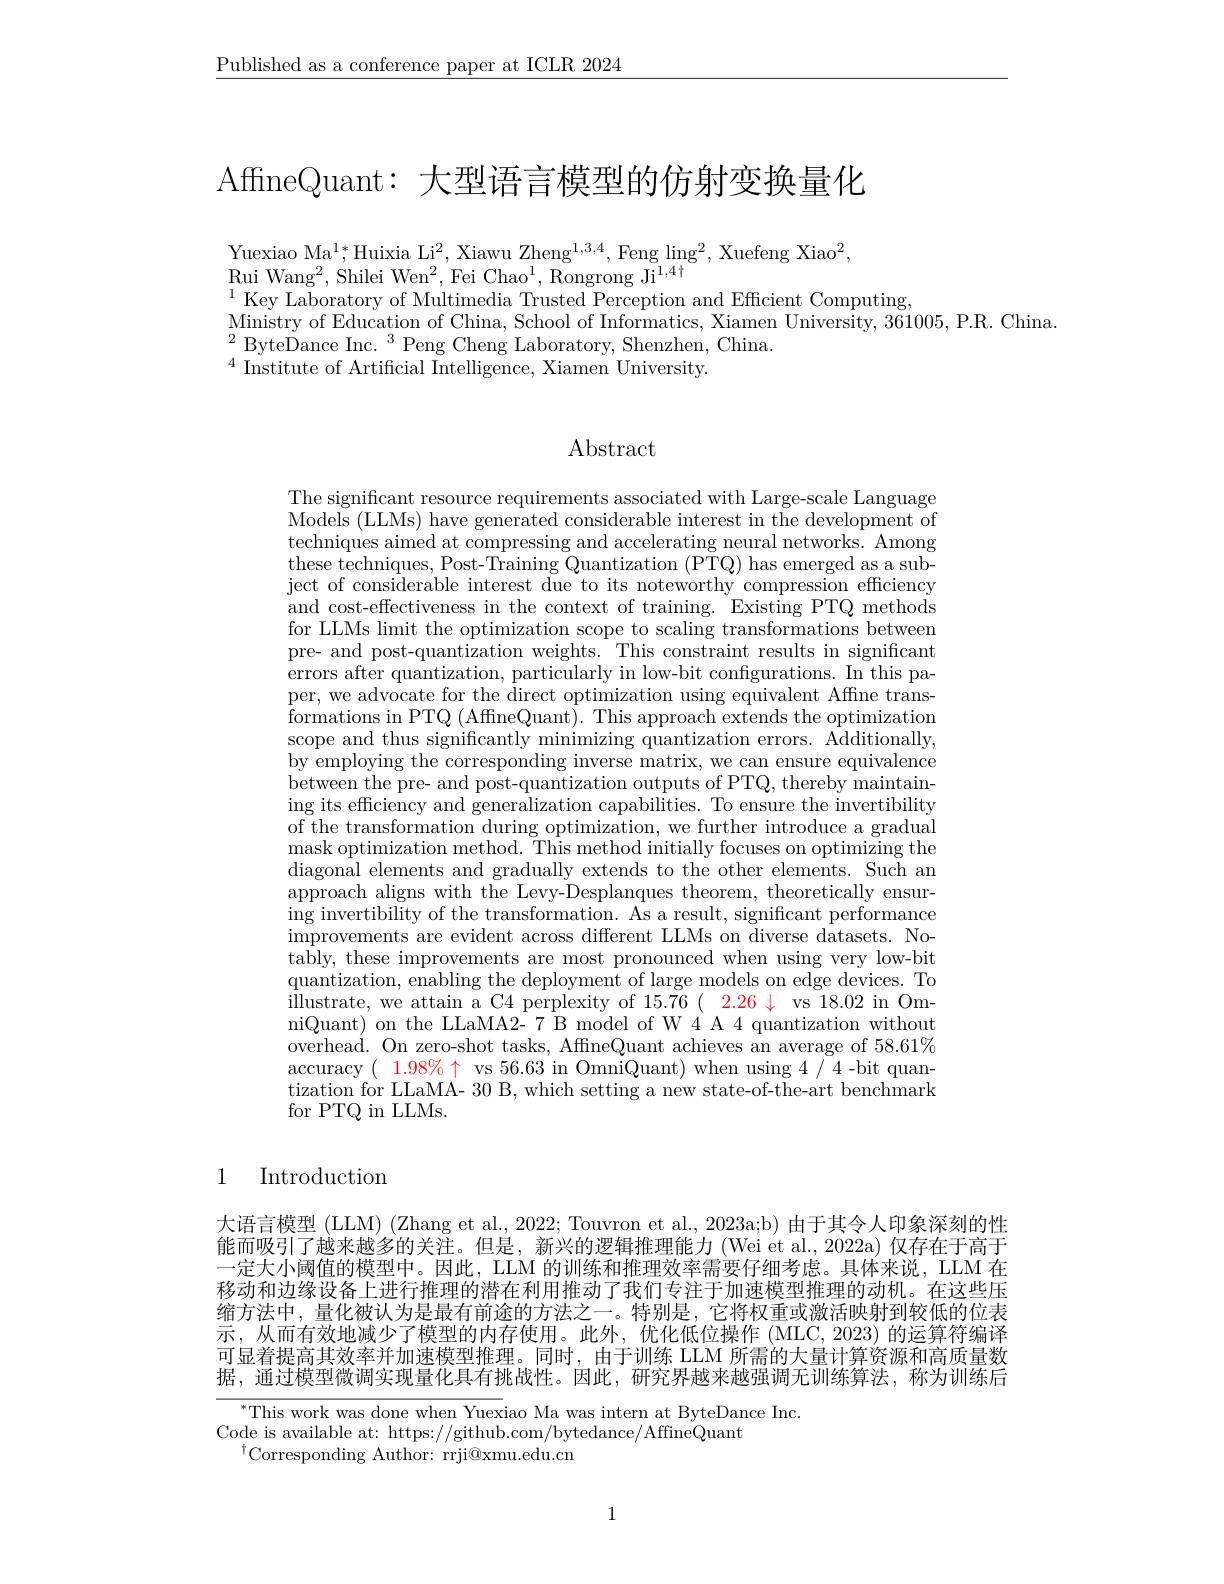
$\underline{\text{Published as a conference paper at ICLR 2024}}$

AffineQuant: 大型语言模型的仿射变换量化

Yuexiao Ma$^1;^*$Huixia Li$^2$, Xiawu Zheng$^1,3,4$,Feng ling$^2$, Xuefeng Xiao$^2$,

$\operatorname*{Rui}\mathop{\mathrm{Wang}}^{2},\mathop{\mathrm{Shilei~Wen}}^{2},\mathop{\mathrm{Fei~Chao}}^{1},\mathop{\mathrm{Rongrong~Ji}}^{1,4\dagger}$
$^{1}$ Key Laboratory of Multimedia Trusted Perception and Efficient Computing,
$\underset{a}{\operatorname*{\text{Ministry of Education of China, School of Informatics, Xiamen University, 361005, P.R. China.}}}$
$^{2}{\mathrm{~ByteDance~Inc.~}^{3}}{\mathrm{~Peng~Cheng~Laboratory,~Shenzhen,~China.}}$
$^{4}$ Institute of Artificial Intelligence, Xiamen University.

# Abstract

The significant resource requirements associated with Large-scale Language Models (LLMs) have generated considerable interest in the development of techniques aimed at compressing and accelerating neural networks. Among these techniques, Post- Training Quantization ( PTQ) has emerged as a sub- ject of considerable interest due to its noteworthy compression efficiency and cost-effectiveness in the context of training. Existing PTQ methods for LLMs limit the optimization scope to scaling transformations between pre- and post-quantization weights. This constraint results in significant errors after quantization, particularly in low-bit configurations. In this paper, we advocate for the direct optimization using equivalent Affine trans- ${\mathrm{formations~in~PTQ~(AffneQuant).~This~approach~extends~the~optimization}}$ scope and thus significantly minimizing quantization errors. Additionally, by employing the corresponding inverse matrix, we can ensure equivalence between the pre- and post-quantization outputs of PTQ, thereby maintaining its effciency and generalization capabilities. To ensure the invertibility of the transformation during optimization, we further introduce a gradual mask optimization method. This method initially focuses on optimizing the diagonal elements and gradually extends to the other elements. Such an approach aligns with the Levy-Desplanques theorem, theoretically ensuring invertibility of the transformation. As a result, significant performance improvements are evident across different LLMs on diverse datasets. No- tably, these improvements are most pronounced when using very low-bit quantization, enabling the deployment of large models on edge devices. To illustrate, we attain a C4 perplexity of 15.76 ( 2.26 4 vs 18.02 in OmniQuant) on the LLaMA2- 7 B model of W 4 A 4 quantization without overhead. On zero-shot tasks, AffineQuant achieves an average of $58.61\%$ accuracy ( $1. 98\% \uparrow$ vs 56.63 in OmniQuant) when using 4/4-bit quantization for LLaMA- 30 B, which setting a new state-of-the-art benchmark for PTQ in LLMs.

1

Introduction

大语言模型 (LLM) (Zhang et al., 2022; Touvron et al., 2023a;b) 由于其令人印象深刻的性能而吸引了越来越多的关注。但是，新兴的逻辑推理能力 (Wei et al., 2022a) 仅存在于高于一定大小阈值的模型中。因此，LLM 的训练和推理效率需要仔细考虑。具体来说，LLM 在移动和边缘设备上进行推理的潜在利用推动了我们专注于加速模型推理的动机。在这些压缩方法中，量化被认为是最有前途的方法之一。特别是，它将权重或激活映射到较低的位表示，从而有效地减少了模型的内存使用。此外，优化低位操作(MLC,2023)的运算符编译可显着提高其效率并加速模型推理。同时，由于训练 LLM 所需的大量计算资源和高质量数据，通过模型微调实现量化具有挑战性。因此，研究界越来越强调无训练算法，称为训练后

$^*$This work was done when Yuexiao Ma was intern at ByteDance Inc.
Code is available at: https://github.com/bytedance/AffineQuant
$^{\dagger}$Corresponding Author: rrji@xmu.edu.cn